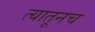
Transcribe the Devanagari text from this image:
त्‍यातूनच